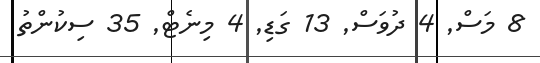
8 މަސް